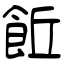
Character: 𩚨